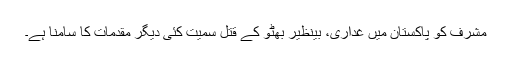
مشرف کو پاکستان میں غداری، بینظیر بھٹو کے قتل سمیت کئی دیگر مقدمات کا سامنا ہے۔